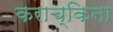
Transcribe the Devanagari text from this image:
कराच्किना